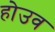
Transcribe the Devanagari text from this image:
होउव